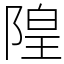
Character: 隍